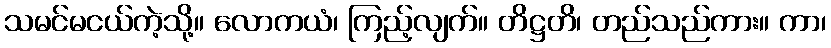
သမင်မငယ်ကဲ့သို့။ လောကယံ၊ ကြည့်လျက်။ တိဋ္ဌတိ၊ တည်သည်ကား။ ကာ၊